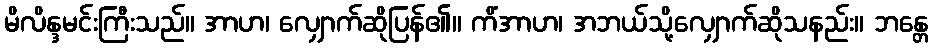
မိလိန္ဒမင်းကြီးသည်။ အာဟ၊ လျှောက်ဆိုပြန်၏။ ကိံအာဟ၊ အဘယ်သို့လျှောက်ဆိုသနည်း။ ဘန္တေ